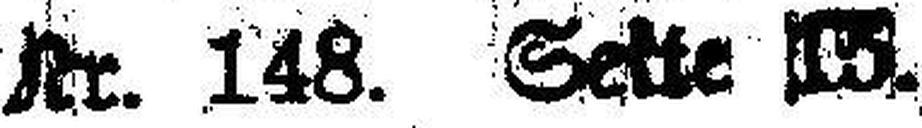
Nr. 148. Seite 15.